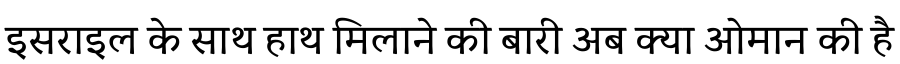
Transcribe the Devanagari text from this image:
इसराइल के साथ हाथ मिलाने की बारी अब क्या ओमान की है